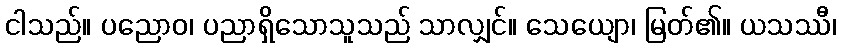
ငါသည်။ ပညောဝ၊ ပညာရှိသောသူသည် သာလျှင်။ သေယျော၊ မြတ်၏။ ယသဿီ၊